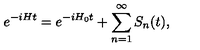
e ^ { - i H t } = e ^ { - i H _ { 0 } t } + \sum _ { n = 1 } ^ { \infty } S _ { n } ( t ) ,